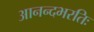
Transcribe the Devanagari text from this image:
आनन्दभरतिः